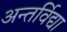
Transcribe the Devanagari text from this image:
अन्तर्विद्या